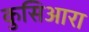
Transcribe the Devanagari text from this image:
कुसिआरा